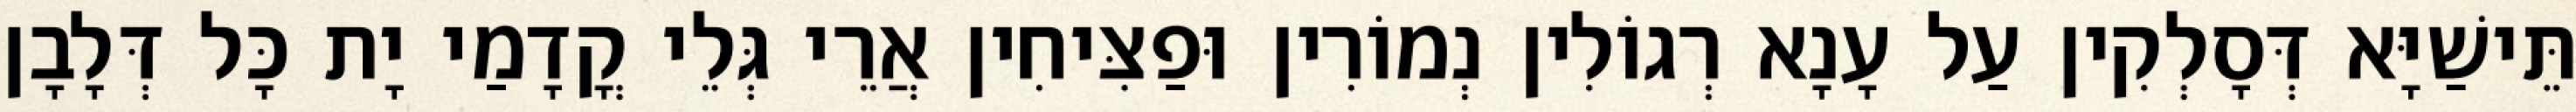
תֵּישַׁיָּא דְּסָלְקִין עַל עָנָא רְגוֹלִין נְמוֹרִין וּפַצִּיחִין אֲרֵי גְּלֵי קֳדָמַי יָת כָּל דְּלָבָן